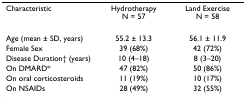
<table><thead><tr><td><b>Characteristic</b></td><td><b>Hydrotherapy N = 57</b></td><td><b>Land Exercise N = 58</b></td></tr></thead><tbody><tr><td>Age (mean ± SD, years)</td><td>55.2 ± 13.3</td><td>56.1 ± 11.9</td></tr><tr><td>Female Sex</td><td>39 (68%)</td><td>42 (72%)</td></tr><tr><td>Disease Duration† (years)</td><td>10 (4–18)</td><td>8 (3–20)</td></tr><tr><td>On DMARD*</td><td>47 (82%)</td><td>50 (86%)</td></tr><tr><td>On oral corticosteroids</td><td>11 (19%)</td><td>10 (17%)</td></tr><tr><td>On NSAIDs</td><td>28 (49%)</td><td>32 (55%)</td></tr></tbody></table>